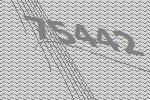
75442